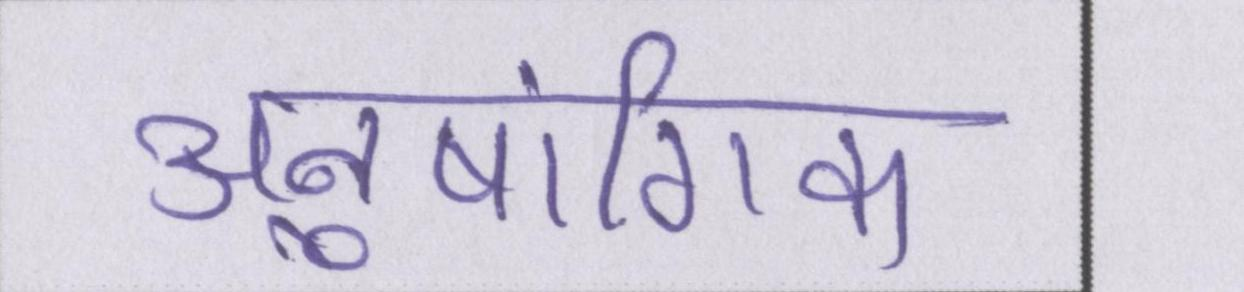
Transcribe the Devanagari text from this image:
अनुषांगिक